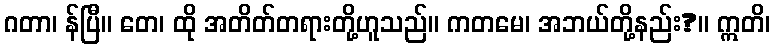
ဂတာ၊ န်ပြီ။ တေ၊ ထို အတိတ်တရားတို့ဟူသည်။ ကတမေ၊ အဘယ်တို့နည်း?။ ဣတိ၊